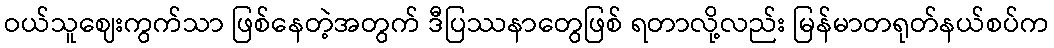
ဝယ်သူဈေးကွက်သာ ဖြစ်နေတဲ့အတွက် ဒီပြဿနာတွေဖြစ် ရတာလို့လည်း မြန်မာတရုတ်နယ်စပ်က